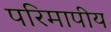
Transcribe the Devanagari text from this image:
परिमापीय